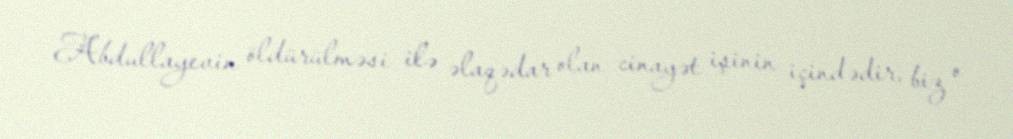
Abdullayevin öldürülməsi ilə əlaqədar olan cinayət işinin içindədir, biz o